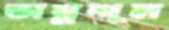
অম্লশূল